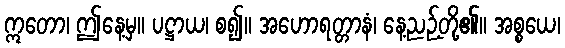
ဣတော၊ ဤနေ့မှ။ ပဋ္ဌာယ၊ စ၍။ အဟောရတ္တာနံ၊ နေ့ညဉ့်တို့၏။ အစ္စယေ၊